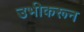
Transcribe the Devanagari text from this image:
उभीकरून